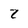
Character: Z